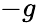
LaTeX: -g